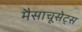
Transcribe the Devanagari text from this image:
मैसाचूसेट्स